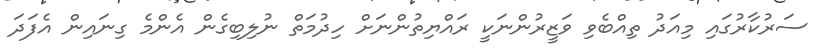
ސަރުކާރުގައި މިއަދު ތިއްބެވި ވަޒީރުންނަކީ ރައްޔިތުންނަށް ހިދުމަތް ނުލިބިގެން އެންމެ ގިނައިން އެފަދަ